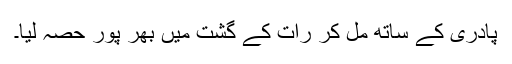
پادری کے ساتھ مل کر رات کے گشت میں بھر پور حصہ لیا۔